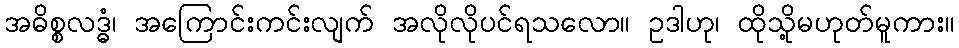
အဓိစ္စလဒ္ဓံ၊ အကြောင်းကင်းလျက် အလိုလိုပင်ရသလော။ ဥဒါဟု၊ ထိုသို့မဟုတ်မူကား။